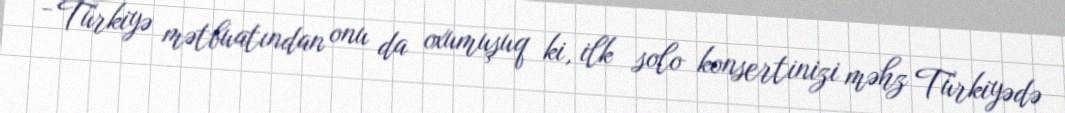
- Türkiyə mətbuatından onu da oxumuşuq ki, ilk solo konsertinizi məhz Türkiyədə